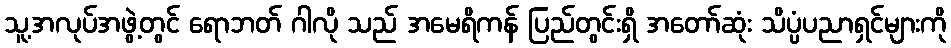
သူ့အလုပ်အဖွဲ့တွင် ရောဘတ် ဂါလို သည် အမေရိကန် ပြည်တွင်းရှိ အတော်ဆုံး သိပ္ပံပညာရှင်များကို